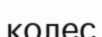
колес